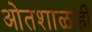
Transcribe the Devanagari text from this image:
ओतशाळाही